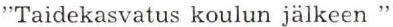
"Taidekasvatus koulun jälkeen "